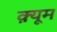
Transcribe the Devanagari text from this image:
क़्यूम